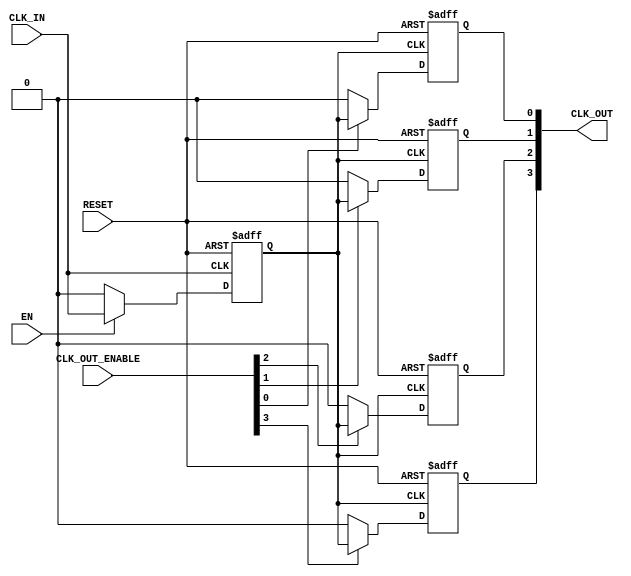
module low_power_clock_buffer #(
    parameter NUM_OUTPUTS = 4 // Configurable number of outputs
)(
    input wire CLK_IN,           // Single-ended clock input
    input wire EN,              // Enable signal
    input wire [NUM_OUTPUTS-1:0] CLK_OUT_ENABLE, // Individual output enables
    output reg [NUM_OUTPUTS-1:0] CLK_OUT, // Clock outputs
    input wire RESET             // Asynchronous reset
);

// Internal signals for clock gating
reg gated_clk;

// Clock Gating Logic
always @(posedge CLK_IN or posedge RESET) begin
    if (RESET) begin
        gated_clk <= 1'b0;
    end else if (EN) begin
        gated_clk <= CLK_IN; // Pass through clock when enabled
    end else begin
        gated_clk <= 1'b0; // Disable clock when not enabled
    end
end

// Clock Output Logic
genvar i;
generate
    for (i = 0; i < NUM_OUTPUTS; i = i + 1) begin : clk_out_gen
        always @(posedge gated_clk or posedge RESET) begin
            if (RESET) begin
                CLK_OUT[i] <= 1'b0; // Reset output
            end else if (CLK_OUT_ENABLE[i]) begin
                CLK_OUT[i] <= gated_clk; // Drive output with gated clock
            end else begin
                CLK_OUT[i] <= 1'b0; // Disable output if not enabled
            end
        end
    end
endgenerate

endmodule